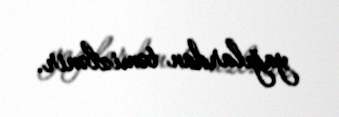
yağılardan təmizlənir.